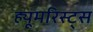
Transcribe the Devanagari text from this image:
ह्यूमरिस्ट्स